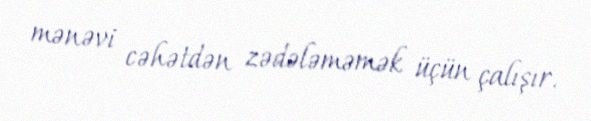
mənəvi cəhətdən zədələməmək üçün çalışır.